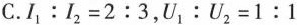
C.$$I _ { 1 } : I _ { 2 } = 2 : 3$$，$$U _ { 1 } : U _ { 2 } = 1 : 1$$